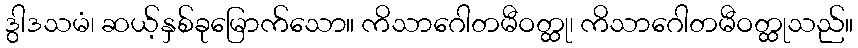
ဒွါဒသမံ၊ ဆယ့်နှစ်ခုမြောက်သော။ ကိသာဂေါတမီဝတ္ထု၊ ကိသာဂေါတမီဝတ္ထုသည်။